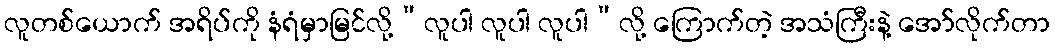
လူတစ်ယောက် အရိပ်ကို နံရံမှာမြင်လို့“လူပါ လူပါ လူပါ”လို့ ကြောက်တဲ့ အသံကြီးနဲ့ အော်လိုက်တာ